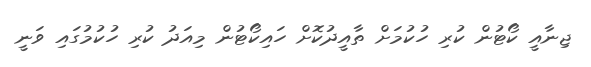
ޖިނާއީ ކޯޓުން ކުރި ހުކުމަށް ތާއީދުކޮށް ހައިކޯޓުން މިއަދު ކުރި ހުކުމުގައި ވަނީ